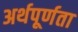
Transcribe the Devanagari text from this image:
अर्थपूर्णता